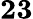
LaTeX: \mathbf{23}